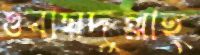
ওবায়দুল্লাহ্